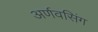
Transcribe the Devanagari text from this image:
अर्णवसिंग